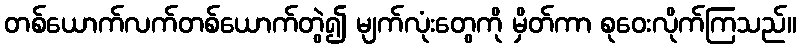
တစ်ယောက်လက်တစ်ယောက်တွဲ၍ မျက်လုံးတွေကို မှိတ်ကာ စုဝေးလိုက်ကြသည်။